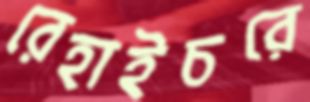
রেহাইচরে